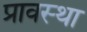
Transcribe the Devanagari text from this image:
प्रावस्‍था